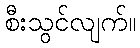
စီးသွင်လျက်။